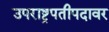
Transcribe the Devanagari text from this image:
उपराष्ट्रपतीपदावर